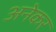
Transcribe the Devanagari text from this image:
अनेकर